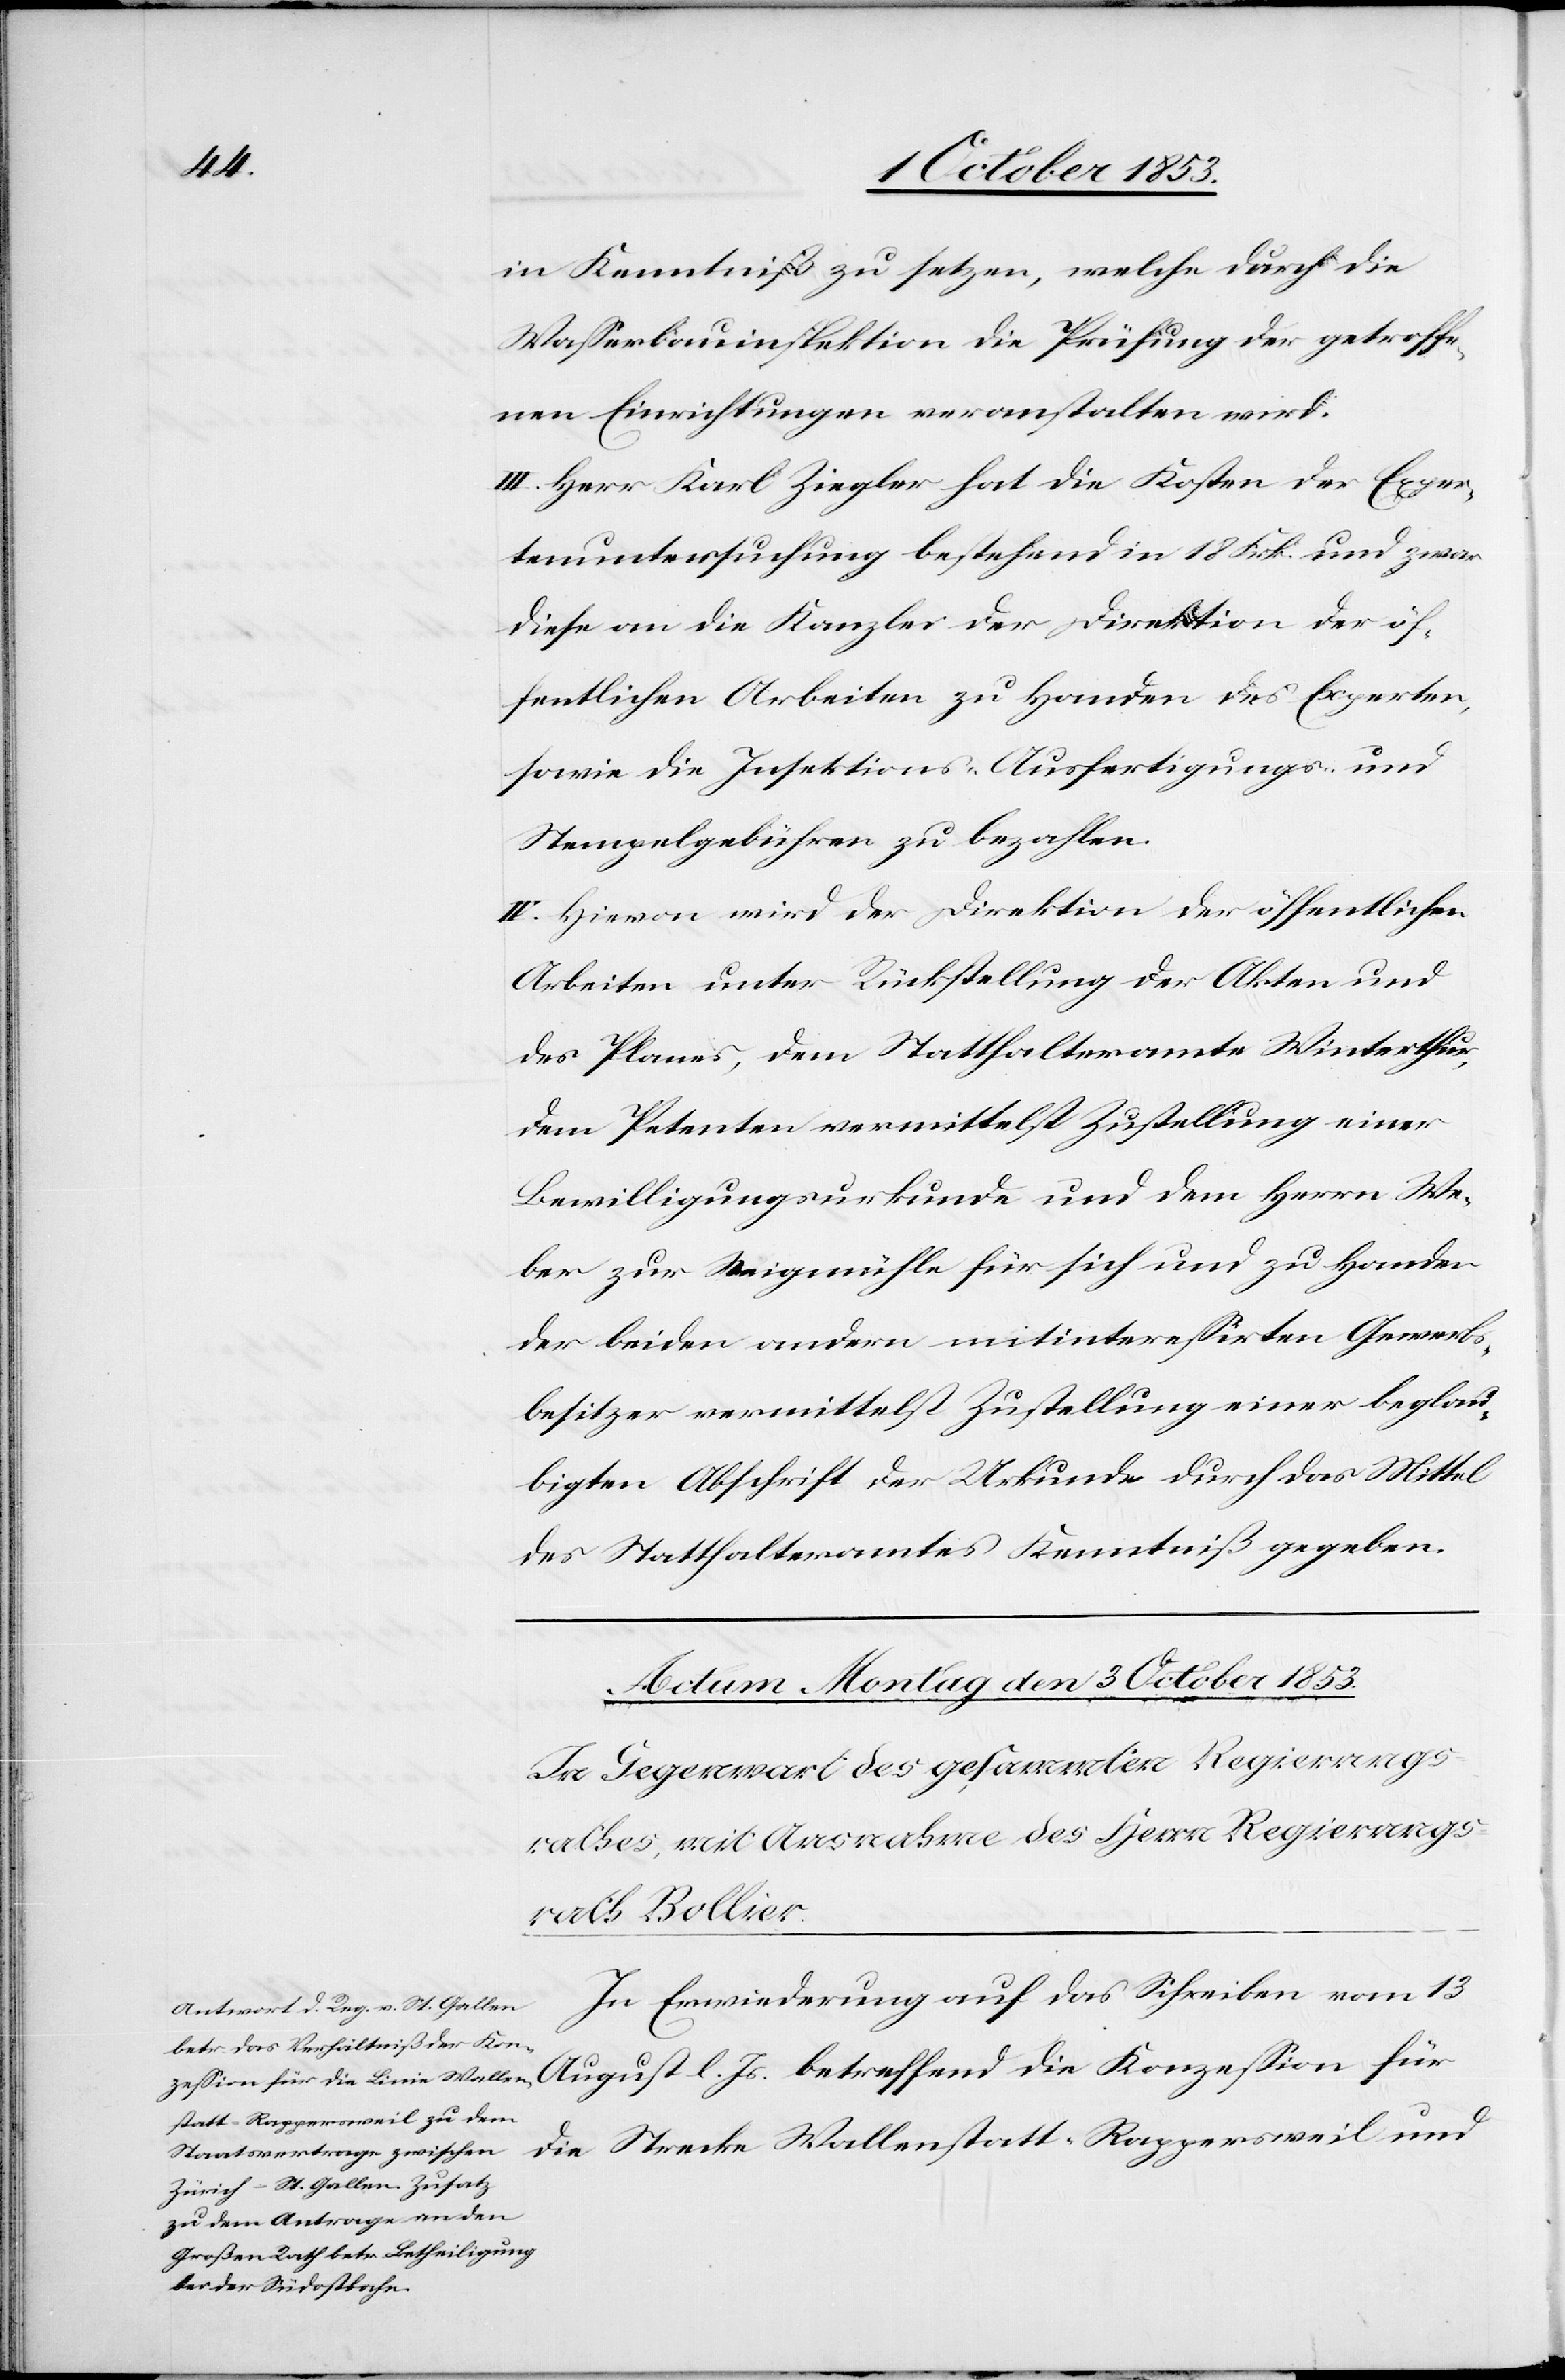
in Kenntniß zu setzen, welche durch die
Waßerbauinspektion die Prüfung der getroffe¬
nen Einrichtungen veranstalten wird.
III. Herr Karl Ziegler hat die Kosten der Exper¬
tenuntersuchung bestehend in 18 Frk. und zwar
diese an die Kanzlei der Direktion der öf¬
fentlichen Arbeiten zu Handen des Experten,
sowie die Inspektions- Ausfertigungs- u.
Stempelgebühren zu bezahlen.
IV. Hievon wird der Direktion der öffentlichen
Arbeiten unter Rückstellung der Akten und
des Planes, dem Statthalteramte Winterthur,
dem Petenten vermittelst Zustellung einer
Bewilligungsurkunde und dem Herrn We¬
ber zur Steigmühle für sich und zu Handen
der beiden andern mitintereßirten Gewerbs¬
besitzer vermittelst Zustellung einer beglau¬
bigten Abschrift der Urkunde durch das Mittel
des Statthalteramtes Kenntniß gegeben.
In Erwiederung auf das Schreiben vom 13
August l. Js. betreffend die Konzeßion für
die Strecke Wallenstadt–Rappersweil und